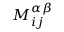
M _ { i j } ^ { \alpha \beta }